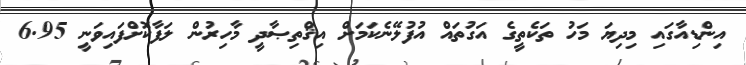
އިންޑިއާގައި މިދިޔަ މަހު ތަކެތީގެ އަގުތައް އުފުލޭނެކަމަށް އިޤްތިޞާދީ މާހިރުން ލަފާކޮށްފައިވަނީ 6.95